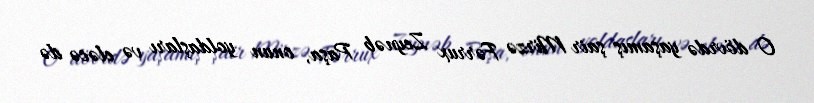
O dövrdə yaşamış şair Mirzə Fərrux Zeynəb Paşa, onun yoldaşları və eləcə də